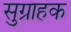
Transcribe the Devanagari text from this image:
सुग्राहक